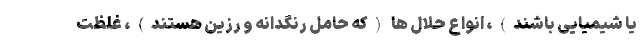
یا شیمیایی باشند)، انواع حلال ها (که حامل رنگدانه و رزین هستند)، غلظت